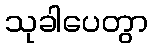
သုခါပေတွာ